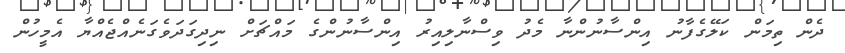
ދެން ތިމަން ކަލޭގެފާނު އިންސާނުންނާ މެދު ވިސްނާލިއިރު އިންސާނުންގެ މައްޗަށް ނިދިގަދަވެގަނެއްޖެއްޔާ އެމީހުން